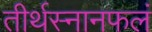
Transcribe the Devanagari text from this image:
तीर्थस्नानफलं